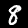
Label: 8